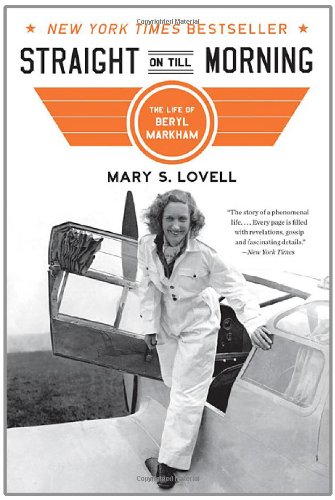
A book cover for Straight on Till Morning: The Life of Beryl Markham; Mary S. Lovell; Engineering & Transportation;